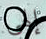
إلهي